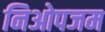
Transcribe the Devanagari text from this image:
निओपजम